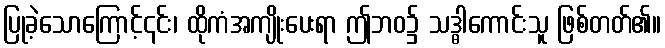
ပြုခဲ့သောကြောင့်၎င်း၊ ထိုကံအကျိုးပေးရာ ဤဘဝ၌ သဒ္ဓါကောင်းသူ ဖြစ်တတ်၏။